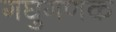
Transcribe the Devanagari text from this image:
गघुगणक